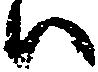
ハ